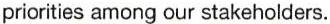
priorities among our stakeholders.